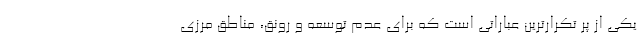
یکی از پر تکرارترین عباراتی است که برای عدم توسعه و رونق، مناطق مرزی